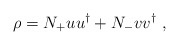
\begin{align*}\rho = N_+ u u^{\dagger} + N_- v v^{\dagger} \ ,\end{align*}